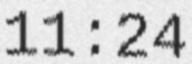
11:24